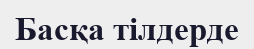
Басқа тілдерде